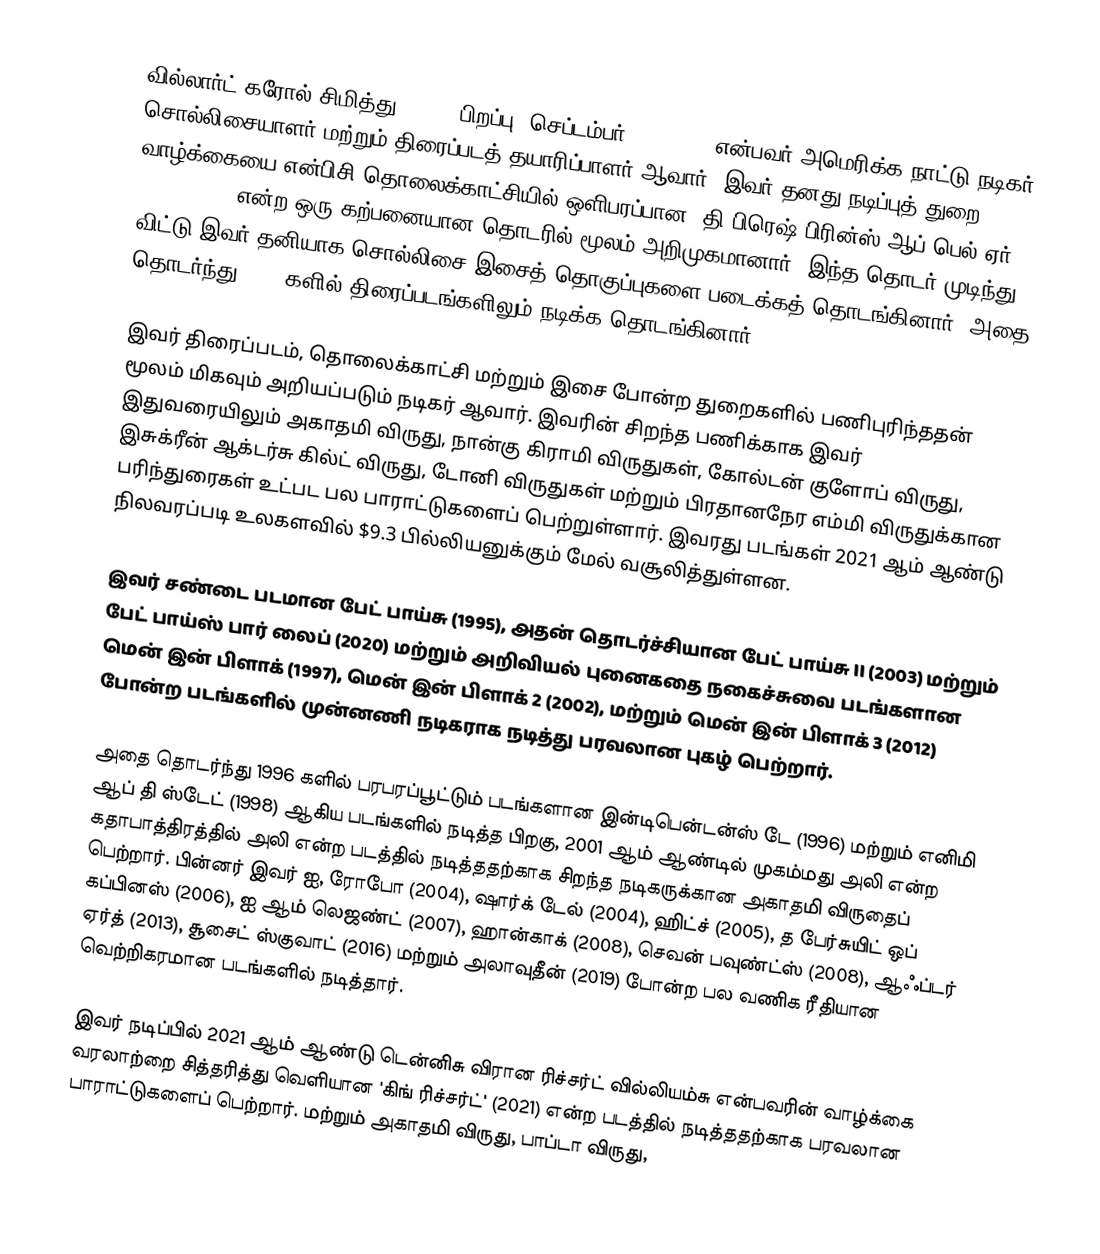
வில்லார்ட் கரோல் சிமித்து II () (பிறப்பு: செப்டம்பர் 25, 1968) என்பவர் அமெரிக்க நாட்டு நடிகர், சொல்லிசையாளர் மற்றும் திரைப்படத் தயாரிப்பாளர் ஆவார். இவர் தனது நடிப்புத் துறை வாழ்க்கையை என்பிசி தொலைக்காட்சியில் ஒளிபரப்பான 'தி பிரெஷ் பிரின்ஸ் ஆப் பெல்-ஏர்' (1990-1996) என்ற ஒரு கற்பனையான தொடரில் மூலம் அறிமுகமானார். இந்த தொடர் முடிந்து விட்டு இவர் தனியாக சொல்லிசை இசைத் தொகுப்புகளை படைக்கத் தொடங்கினார். அதை தொடர்ந்து 1995 களில் திரைப்படங்களிலும் நடிக்க தொடங்கினார்.

இவர் திரைப்படம், தொலைக்காட்சி மற்றும் இசை போன்ற துறைகளில் பணிபுரிந்ததன் மூலம் மிகவும் அறியப்படும் நடிகர் ஆவார். இவரின் சிறந்த பணிக்காக இவர் இதுவரையிலும் அகாதமி விருது, நான்கு கிராமி விருதுகள், கோல்டன் குளோப் விருது, இசுக்ரீன் ஆக்டர்சு கில்ட் விருது, டோனி விருதுகள் மற்றும் பிரதானநேர எம்மி விருதுக்கான பரிந்துரைகள் உட்பட பல பாராட்டுகளைப் பெற்றுள்ளார். இவரது படங்கள் 2021 ஆம் ஆண்டு நிலவரப்படி உலகளவில் $9.3 பில்லியனுக்கும் மேல் வசூலித்துள்ளன.

இவர் சண்டை படமான பேட் பாய்சு (1995), அதன் தொடர்ச்சியான பேட் பாய்சு II (2003) மற்றும் பேட் பாய்ஸ் பார் லைப் (2020) மற்றும் அறிவியல் புனைகதை நகைச்சுவை படங்களான மென் இன் பிளாக் (1997), மென் இன் பிளாக் 2 (2002), மற்றும் மென் இன் பிளாக் 3 (2012) போன்ற படங்களில் முன்னணி நடிகராக நடித்து பரவலான புகழ் பெற்றார்.

அதை தொடர்ந்து 1996 களில் பரபரப்பூட்டும் படங்களான இன்டிபென்டன்ஸ் டே (1996) மற்றும் எனிமி ஆப் தி ஸ்டேட் (1998) ஆகிய படங்களில் நடித்த பிறகு, 2001 ஆம் ஆண்டில் முகம்மது அலி என்ற கதாபாத்திரத்தில் அலி என்ற படத்தில் நடித்ததற்காக சிறந்த நடிகருக்கான அகாதமி விருதைப் பெற்றார். பின்னர் இவர்  ஐ, ரோபோ (2004), ஷார்க் டேல் (2004), ஹிட்ச் (2005), த பேர்சுயிட் ஒப் கப்பினஸ் (2006), ஐ ஆம் லெஜண்ட் (2007), ஹான்காக் (2008), செவன் பவுண்ட்ஸ் (2008), ஆஃப்டர் ஏர்த் (2013), சூசைட் ஸ்குவாட் (2016) மற்றும் அலாவுதீன் (2019) போன்ற பல வணிக ரீதியான வெற்றிகரமான படங்களில் நடித்தார்.

இவர் நடிப்பில் 2021 ஆம் ஆண்டு டென்னிசு விரான ரிச்சர்ட் வில்லியம்சு என்பவரின் வாழ்க்கை வரலாற்றை சித்தரித்து வெளியான 'கிங் ரிச்சர்ட்' (2021) என்ற படத்தில் நடித்ததற்காக பரவலான பாராட்டுகளைப் பெற்றார். மற்றும் அகாதமி விருது, பாப்டா விருது,